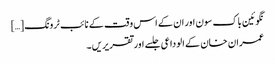
نگوئین باک سون اور ان کے اس وقت کے نائب ٹرونگ […]
عمران خان کے الوداعی جلسے اور تقریریں ۔